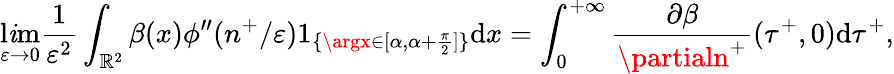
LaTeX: \operatorname*{l\mathit{i}m}_{\varepsilon\to0}\frac{{1}}{{\varepsilon^{2}}}\int_{\mathbb{{R}}^{2}}\beta(x)\phi^{\prime\prime}(n^{+}/\varepsilon)1_{\{ \argx\in[\alpha,\alpha+\frac{{\pi}}{{2}}]\} }\textrm{{d}}x=\int_{0}^{+\infty}\frac{{\partial\beta}}{{\partialn^{+}}}(\tau^{+},0)\textrm{{d}}\tau^{+},